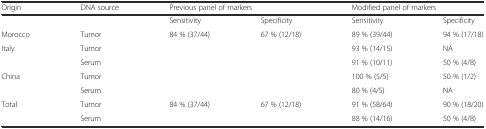
<table><thead><tr><td><b>Origin</b></td><td><b>DNA source</b></td><td colspan="2"><b>Previous panel of markers</b></td><td colspan="2"><b>Modified panel of markers</b></td></tr></thead><tbody><tr><td></td><td></td><td>Sensitivity</td><td>Specificity</td><td>Sensitivity</td><td>Specificity</td></tr><tr><td>Morocco</td><td>Tumor</td><td>84 % (37/44)</td><td>67 % (12/18)</td><td>89 % (39/44)</td><td>94 % (17/18)</td></tr><tr><td rowspan="2">Italy</td><td>Tumor</td><td></td><td></td><td>93 % (14/15)</td><td>NA</td></tr><tr><td>Serum</td><td></td><td></td><td>91 % (10/11)</td><td>50 % (4/8)</td></tr><tr><td rowspan="2">China</td><td>Tumor</td><td></td><td></td><td>100 % (5/5)</td><td>50 % (1/2)</td></tr><tr><td>Serum</td><td></td><td></td><td>80 % (4/5)</td><td>NA</td></tr><tr><td rowspan="2">Total</td><td>Tumor</td><td>84 % (37/44)</td><td>67 % (12/18)</td><td>91 % (58/64)</td><td>90 % (18/20)</td></tr><tr><td>Serum</td><td></td><td></td><td>88 % (14/16)</td><td>50 % (4/8)</td></tr></tbody></table>